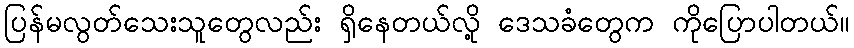
ပြန်မလွတ်သေးသူတွေလည်း ရှိနေတယ်လို့ ဒေသခံတွေက ကိုပြောပါတယ်။